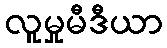
လူမှုမီဒီယာ